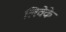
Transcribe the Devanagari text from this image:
लिवेके